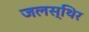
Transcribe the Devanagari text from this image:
जलस्थिर